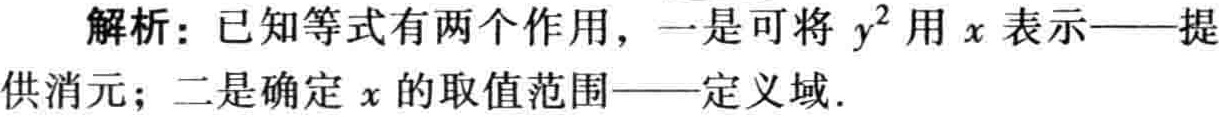
解析：已知等式有两个作用，一是可将 \(y^{2}\) 用 \(x\) 表示——提供消元；二是确定 \(x\) 的取值范围——定义域.